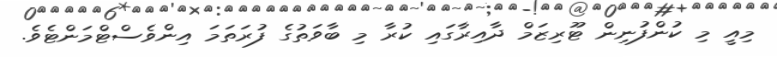
މިއީ މި ކުންފުނިން ޓޫރިޒަމް ދާއިރާގައި ކުރާ މި ބާވަތުގެ ފުރަތަމަ އިންވެސްޓްމަންޓެވެ.